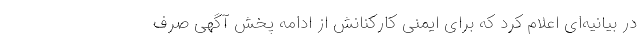
در بیانیه‌ای اعلام کرد که برای ایمنی کارکنانش از ادامه پخش آگهی صرف